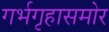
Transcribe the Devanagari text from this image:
गर्भगृहासमोर